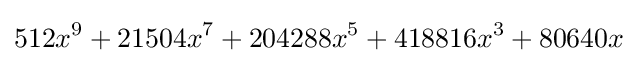
512x^{9}+21504x^{7}+204288x^{5}+418816x^{3}+80640x